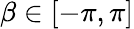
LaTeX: \beta\in[-\pi,\pi]